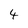
Character: 4